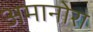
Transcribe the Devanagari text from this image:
अमानोरा